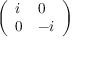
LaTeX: \left( \begin{array} { l l } { i } & { 0 } \\ { 0 } & { - i } \end{array} \right)